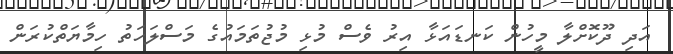
އަދި ދޫކޮށްލާ މީހުން ކަނޑައަޅާ އިރު ވެސް މުޅި މުޖުތަމައުގެ މަސްލަހަތު ހިމާޔަތްކުރަން